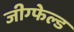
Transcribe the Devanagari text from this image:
जीग्फेल्ड